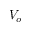
V _ { o }